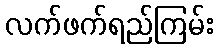
လက်ဖက်ရည်ကြမ်း